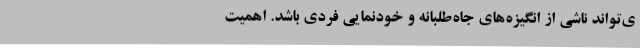
ی‌تواند ناشی از انگیزه‌های جاه‌طلبانه و خودنمایی فردی باشد. اهمیت